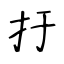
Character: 扜